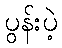
ပွန်းပဲ့